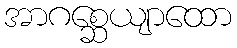
အာဂစ္ဆေယျာထော